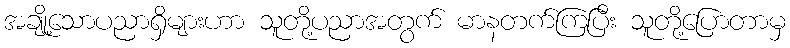
အချို့သောပညာရှိများဟာ သူတို့ပညာအတွက် မာနတက်ကြပြီး သူတို့ပြောတာမှ